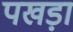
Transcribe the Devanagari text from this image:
पखड़ा